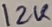
Text: 12K